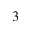
^ 3